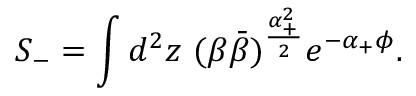
{ \cal S } _ { - } = \int d ^ { 2 } z ~ ( \beta \bar { \beta } ) ^ { \frac { \alpha _ { + } ^ { 2 } } { 2 } } e ^ { - \alpha _ { + } \phi } .